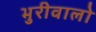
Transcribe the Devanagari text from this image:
भुरीवालो